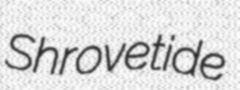
Shrovetide